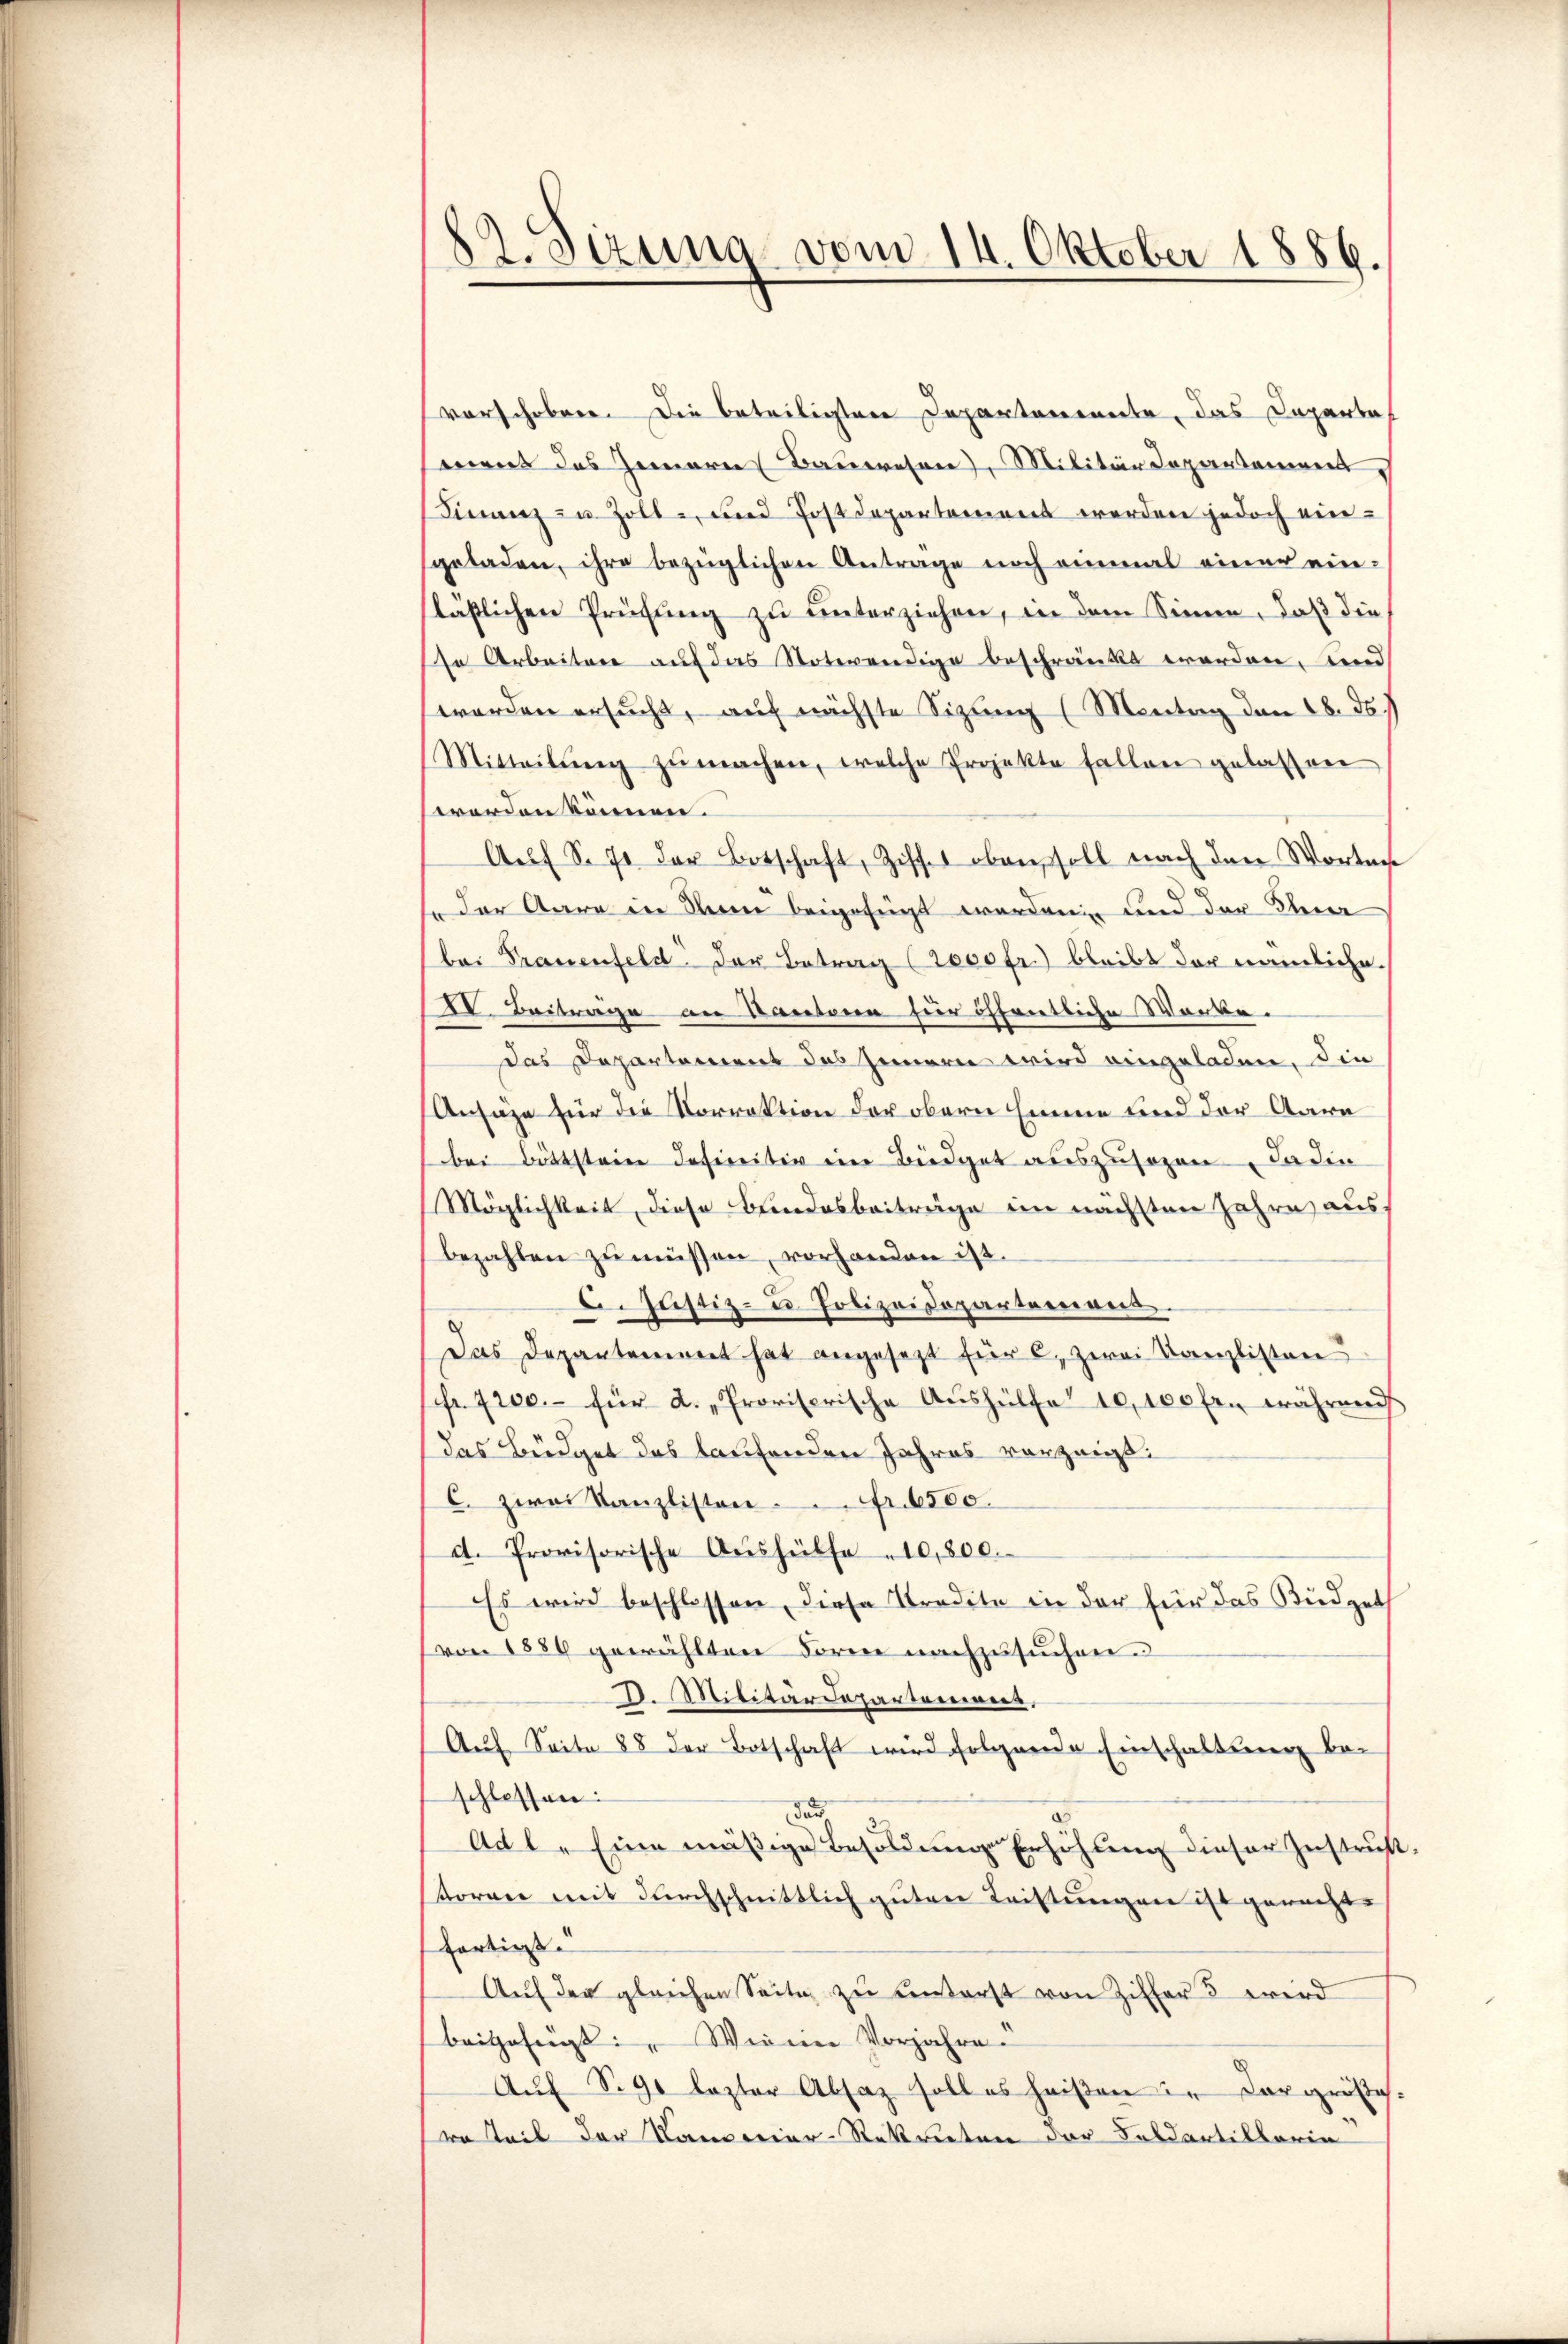
¬
dt. Sizung vom 14. Oktober 1889.

vorschoben. Die beteiligten Departenannte, das Departaf
mens das Gemare Bauwesen, Militärdepartement
Finanz zu Zoll- und Postdepartement werden jedoch ein-
geladen, ihre bezüglichen Antrage noch einmal einer ein-
läßlichen Prüfung zu unterziehen, in dem Sinne, daß die
so Arbeiten auf das Notwendige beschränkt worden, und
worden ersucht, auf nächste Sizung (Montag den 18. ds.
Mitteilŭng zŭ machen, welche Projekte fallen gelassen
worden können.
Aŭf S. 71 der Botschaft, Ziff. oben soll nach den Worten
" der Aare in den beigefügt wordenen und der Therer
bei Frauenfeld. Der Betrag (2000 fr.) bleibt der nämliche.
IV. Beitrage an Kantone für öffentliche Werke.
das Departement des Innern wird eingeladen, die
Ansätze für die Vorrektion der obern Emme und der Aara
bei Bittstein definitiv eine Büdget auszusagen, Faden
Möglichkeit, diese Bundesbeiträge im nächsten Jahre ausbezahlen zu müssen, vorhanden ist.
6. Justiz- u Polizeisopartemend.
Das Depantement hat angesezt für 6, zwei Kanzlisten
fr. 7200.- für d. „Provisorische Aŭshülfe 10,100 fr. während
das Büdget das laufenden Jahres vorzeigt.
C. zwei Kanzlisten Fr. 6500.
d. Provisorische Aŭshülfe " 10,800.
Es wird beschlossen, diese Stradite in der für das Büdgeth
von 1886 gewählten Forme nachzusuchen.
D. Militärdepartement,
Auf Seite 88 der Botschaft wird folgende Einschaltung beschlossen:
dur
Ad 1. Eine mäßige Besoldung Erhöhung dieser Instrußtorrer mit durchschnittlich guter Leistungen ist gewachte
fertigt.
Auf der gleichen Seite zu einterst von Ziffers wird
beigefügt: " Weine Vorjahre.
Aŭf S. 9 lezter Absaz soll es heißen in dar gröste.
wo Teil der Kamerier-Sekreten der Feldartillaria